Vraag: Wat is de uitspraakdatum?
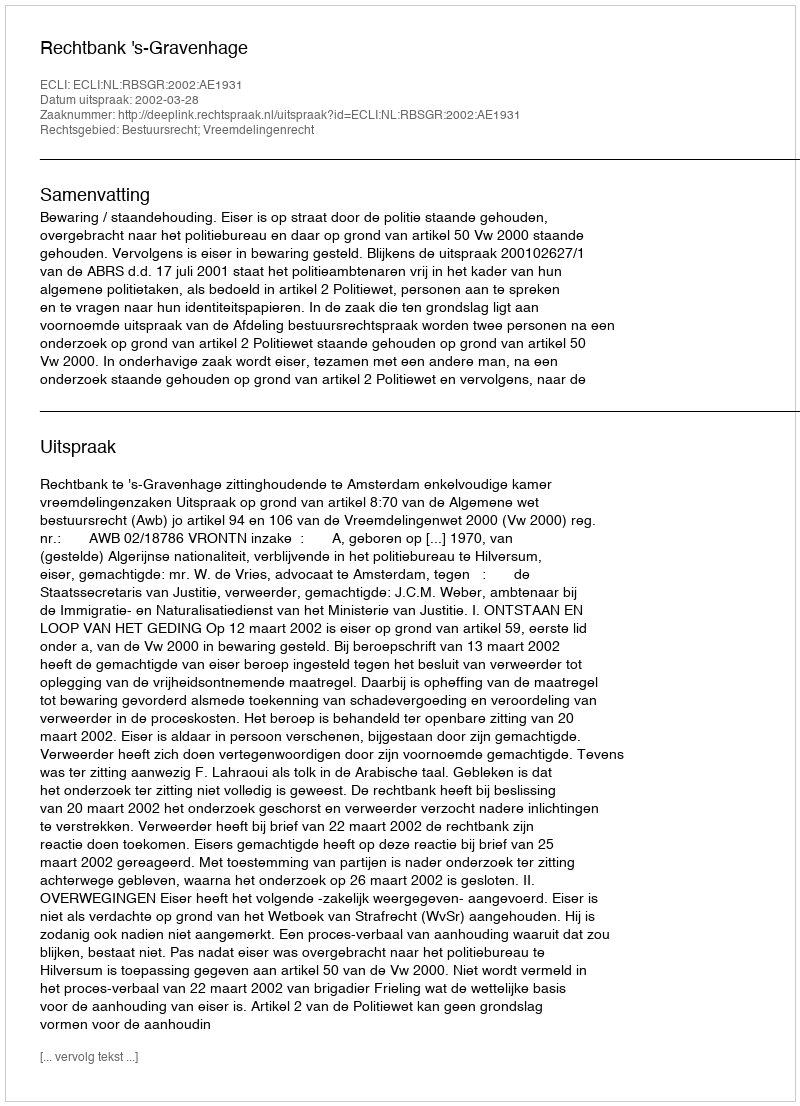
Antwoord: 2002-03-28